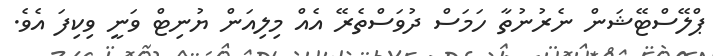
ޕްލޭސްޓޭޝަން ނެރުނުތާ ހަމަސް ދުވަސްތެރޭ އެެއް މިލިއަން ޔުނިޓް ވަނީ ވިކިފަ އެވެ.